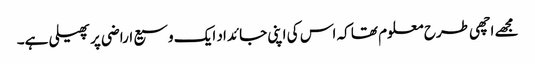
مجھے اچھی طرح معلوم تھا کہ اس کی اپنی جائداد ایک وسیع اراضی پر پھیلی ہے۔